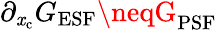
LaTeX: \partial_{\mathit{x}_{\mathrm{{c}}}}G_{\mathrm{{ESF}}}\neqG_{\mathrm{{PSF}}}